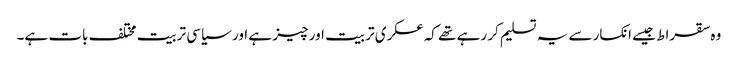
وہ سقراط جیسے انکسار سے یہ تسلیم کر رہے تھے کہ عسکری تربیت اور چیز ہے اور سیاسی تربیت مختلف بات ہے۔